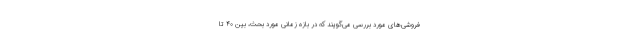
فروشی‌های مورد بررسی می‌گویند که در بازه زمانی مورد بحث، بین ۴۰ تا